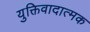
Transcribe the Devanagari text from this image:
युक्तिवादात्मक